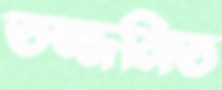
তজ্জনিত